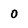
Character: 0